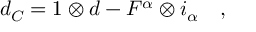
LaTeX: d _ { C } = 1 \otimes d - F ^ { \alpha } \otimes i _ { \alpha } \quad ,